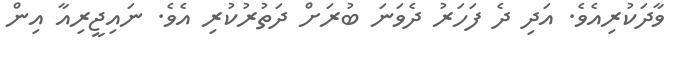
ވާދަކުރިއެވެ. އަދި ދެ ފަހަރު ދެވަނަ ބުރަށް ދަތުރުކުރި އެވެ. ނައިޖީރިއާ އިން